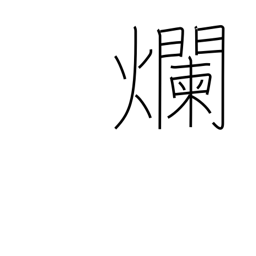
Meaning: be sore